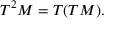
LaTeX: T ^ { 2 } M = T ( T M ) .